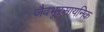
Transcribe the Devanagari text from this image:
जैवभूरसायनिक